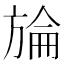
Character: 𣄇